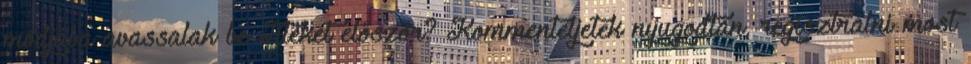
módjába avassalak be Titeket először? Kommenteljetek nyugodtan, regisztrálni most